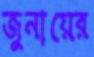
জুনায়ের